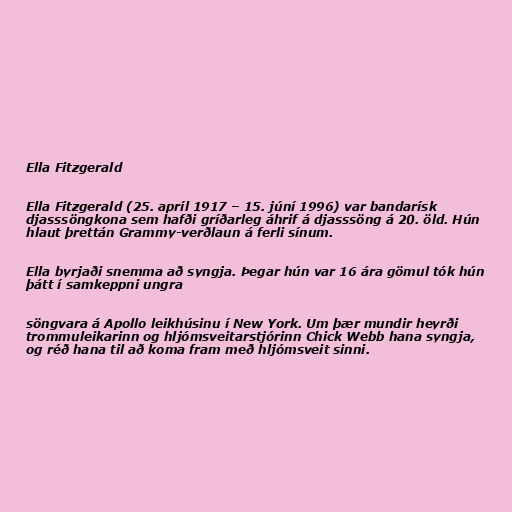
Ella Fitzgerald

Ella Fitzgerald (25. apríl 1917 – 15. júní 1996) var bandarísk
djasssöngkona sem hafði gríðarleg áhrif á djasssöng á 20. öld. Hún
hlaut þrettán Grammy-verðlaun á ferli sínum.

Ella byrjaði snemma að syngja. Þegar hún var 16 ára gömul tók hún
þátt í samkeppni ungra

söngvara á Apollo leikhúsinu í New York. Um þær mundir heyrði
trommuleikarinn og hljómsveitarstjórinn Chick Webb hana syngja,
og réð hana til að koma fram með hljómsveit sinni.